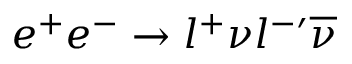
e ^ { + } e ^ { - } \rightarrow l ^ { + } \nu l ^ { - \prime } \overline { { { \nu } } }